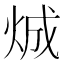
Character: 𪸤